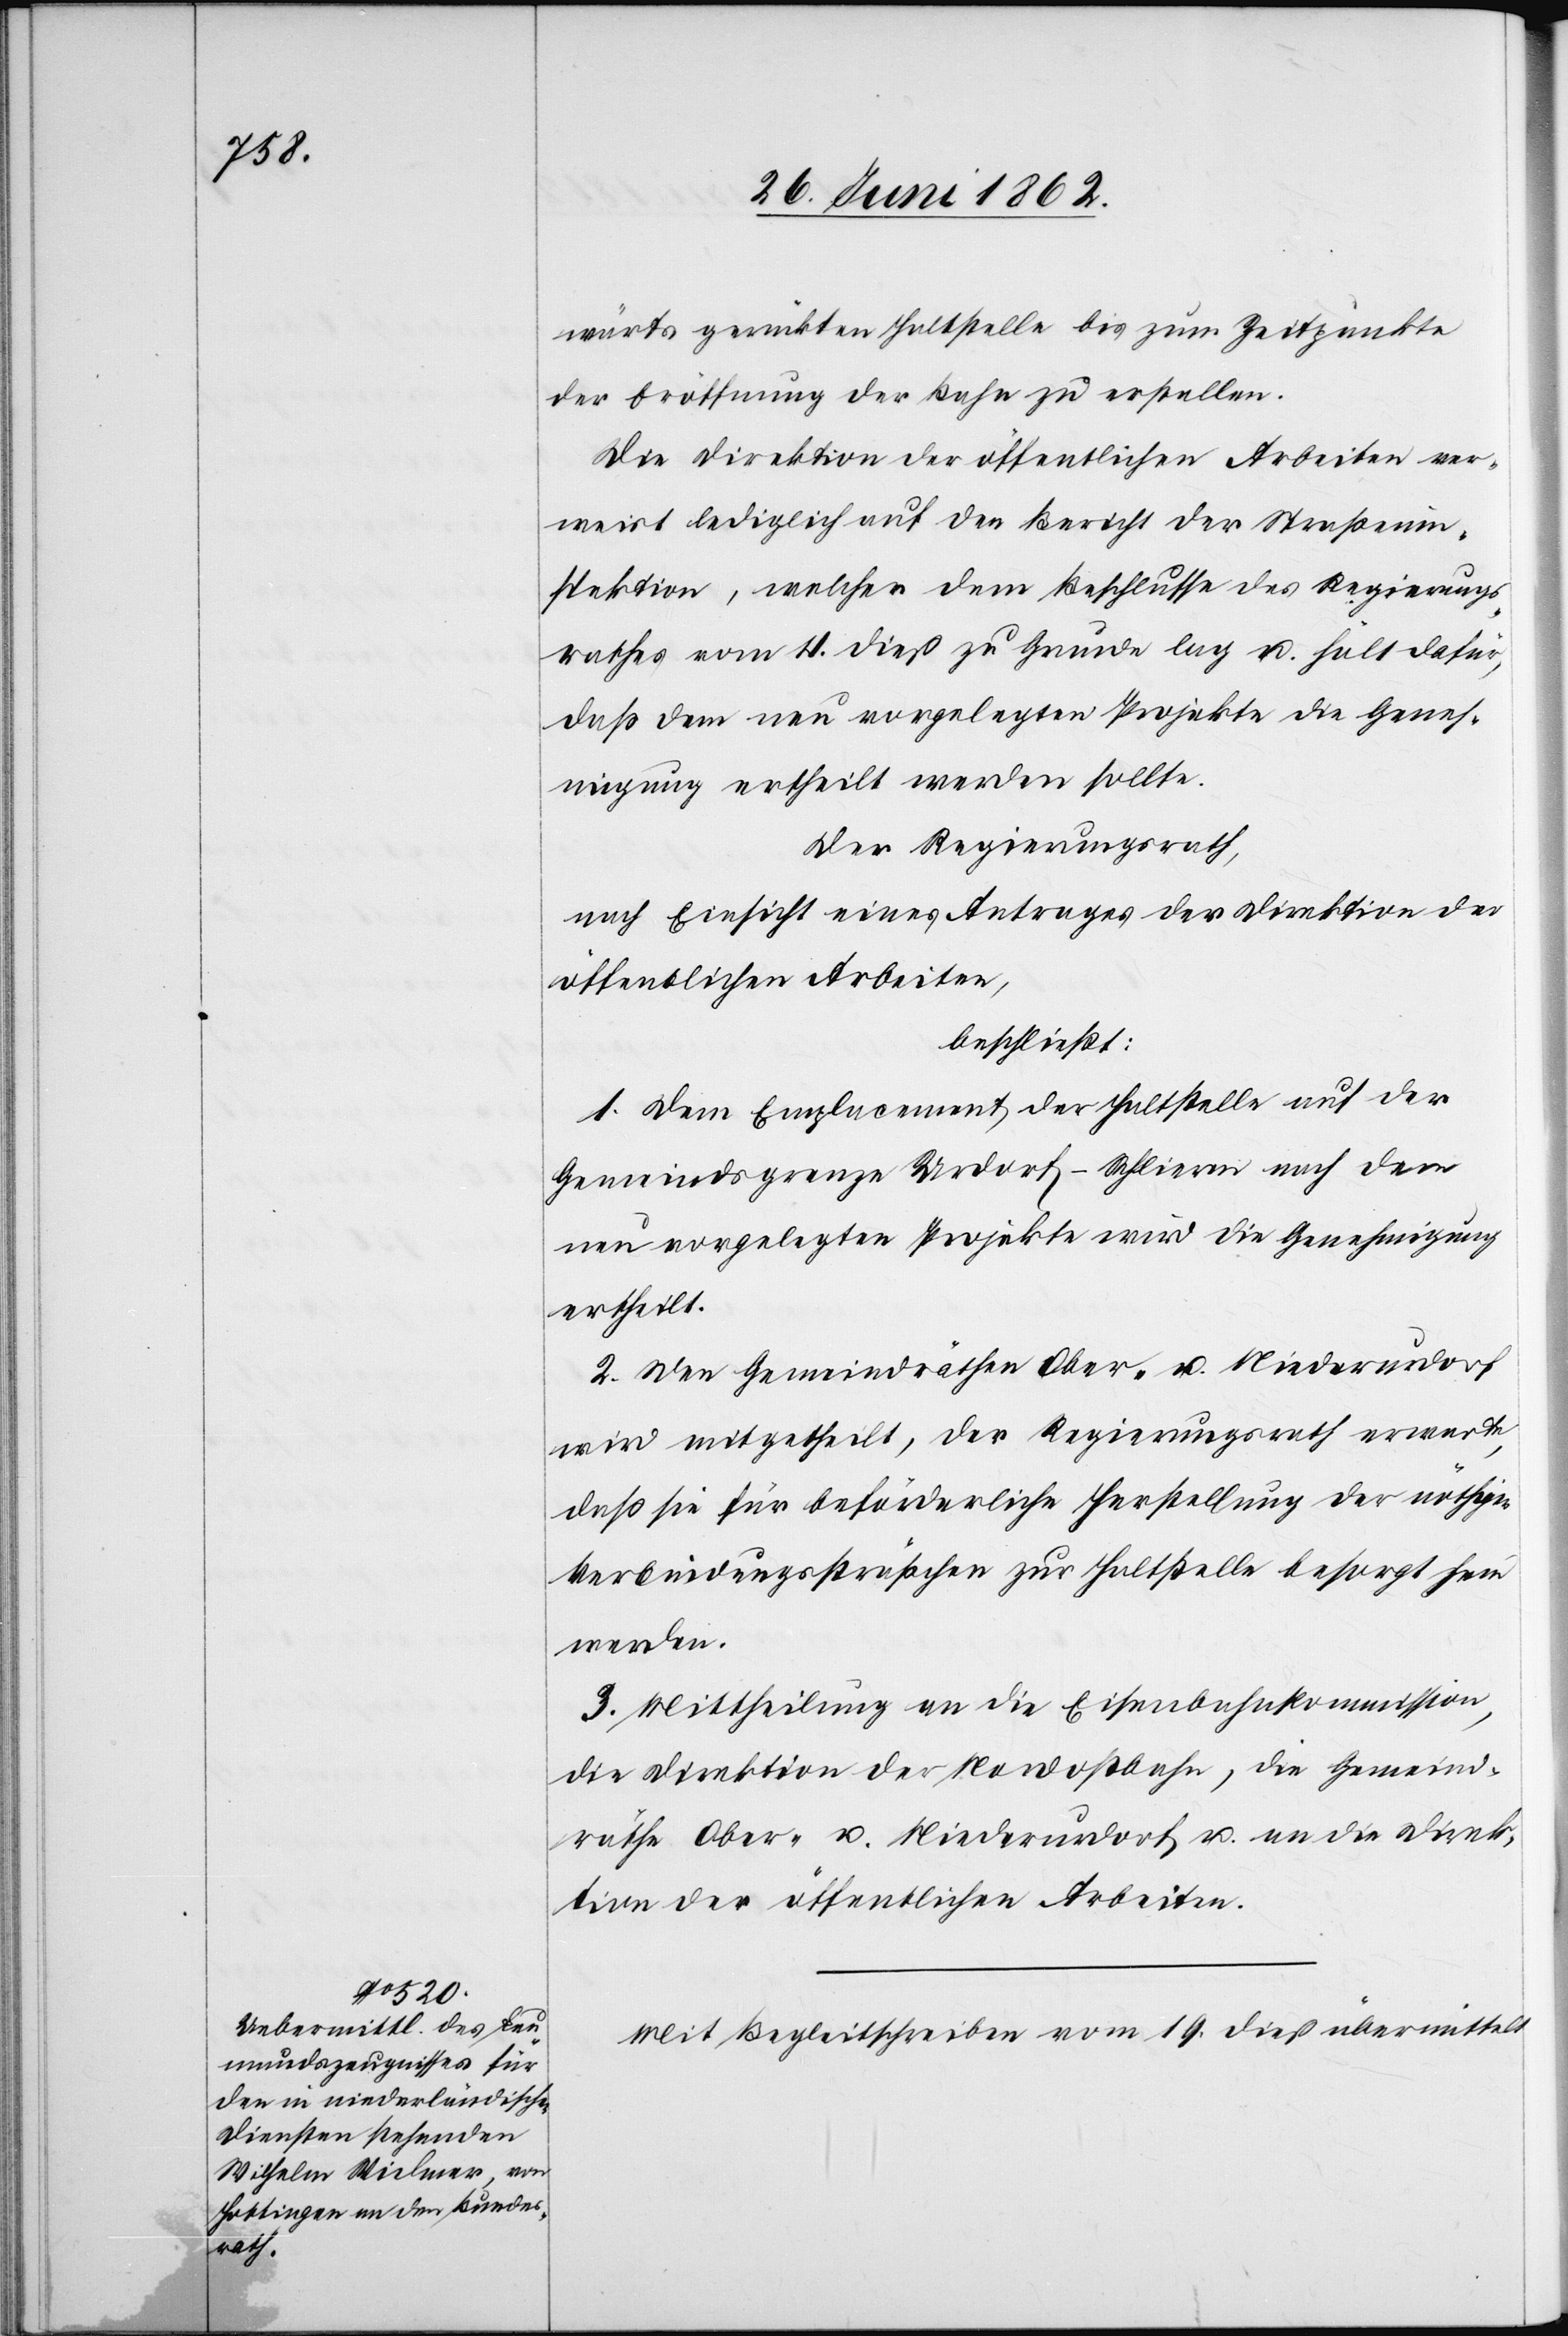
wärts gerückten Haltstelle bis zum Zeitpunkte
der Eröffnung der Bahn zu erstellen.
Die Direktion der öffentlichen Arbeiten ver¬
weist lediglich auf den Bericht der Straßenin¬
spektion, welcher dem Beschlusse des Regierungs¬
rathes vom 4. dieß zu Grunde lag u. hält dafür,
daß dem neu vorgelegten Projekte die Geneh¬
migung ertheilt werden sollte.
Der Regierungsrath,
nach Einsicht eines Antrages der Direktion der
öffentlichen Arbeiten,
beschließt:
1. Dem Emplacement der Haltstelle auf der
Gemeindsgrenze Urdorf-Schlieren nach dem
neu vorgelegten Projekte wird die Genehmigung
ertheilt.
2. Den Gemeindräthen Ober- u. Niederurdorf
wird mitgetheilt, der Regierungsrath erwarte,
daß sie für beförderliche Herstellung der nöthigen
Verbindungssträßchen zur Haltstelle besorgt sein
werden.
3. Mittheilung an die Eisenbahnkommission,
die Direktion der Nordostbahn, die Gemeind¬
räthe Ober- u. Niederurdorf u. an die Direk¬
tion der öffentlichen Arbeiten.
Mit Begleitschreiben vom 19. dieß übermittelt